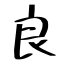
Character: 良